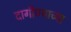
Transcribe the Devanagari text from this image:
दागीण्याच्या